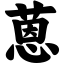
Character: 蒽